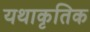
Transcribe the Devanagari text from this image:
यथाकृतिक